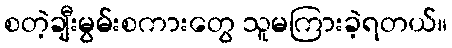
စတဲ့ချီးမွမ်းစကားတွေ သူမကြားခဲ့ရတယ်။